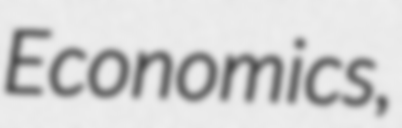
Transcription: Economics,